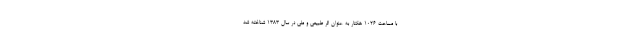
با مساحت 1026 هکتار به عنوان اثر طبیعی و ملی در سال 1383 شناخته شد